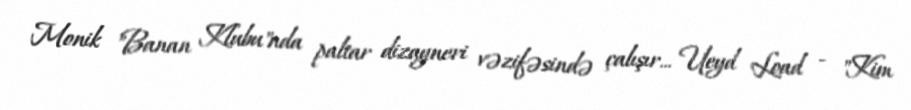
Monik "Banan Klubu"nda paltar dizayneri vəzifəsində çalışır... Ueyd Load - "Kim